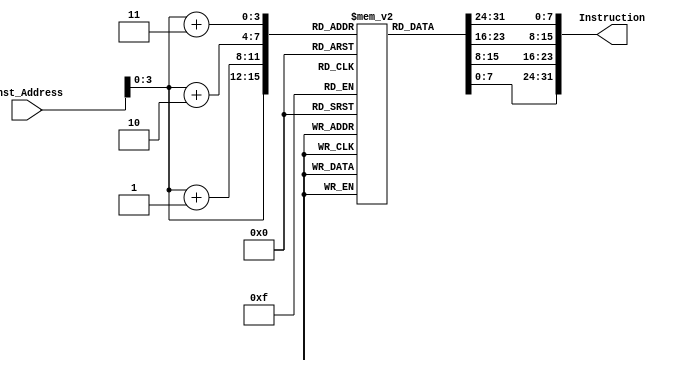
module Instruction_Memory
(
input [63:0]Inst_Address,
output reg [31:0]Instruction
);

reg [7:0] byte_array [15:0];

initial
begin
  byte_array[0] <= 8'b10000011;
  byte_array[1] <= 8'b00110100;
  byte_array[2] <= 8'b10000101;
  byte_array[3] <= 8'b00000010;

  byte_array[4] <= 8'b00110011;
  byte_array[5] <= 8'b10000100;
  byte_array[6] <= 8'b10001010;
  byte_array[7] <= 8'b00000000;

  // byte_array[4] <= 8'b10110011;
  // byte_array[5] <= 8'b10000100;
  // byte_array[6] <= 8'b10011010;
  // byte_array[7] <= 8'b00000000;
  
  byte_array[8] <= 8'b10010011;
  byte_array[9] <= 8'b10000100;
  byte_array[10] <= 8'b00010100;
  byte_array[11] <= 8'b00000000;
  
  byte_array[12] <= 8'b00100011;
  byte_array[13] <= 8'b00110100;
  byte_array[14] <= 8'b10010101;
  byte_array[15] <= 8'b00000010;
end

always @ (*)
Instruction <= {byte_array[Inst_Address + 64'd3], byte_array[Inst_Address + 64'd2], byte_array[Inst_Address + 64'd1], byte_array[Inst_Address]};

endmodule